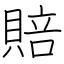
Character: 賠